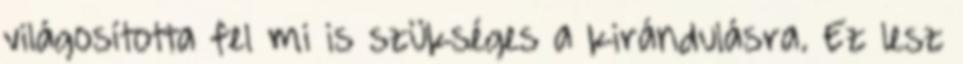
világosította fel mi is szükséges a kirándulásra. Ez lesz